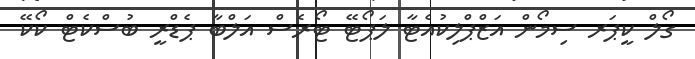
ގޯލް ކީޕަރ ސިމޯން އަޒްޕްލިކުއެޓާ ލަޕޯޓޭ ޓޯރެސް އަލްބާ ޕެޑްރީ ބުސްްކެޓް ކޯކޭ